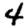
Digit: 4